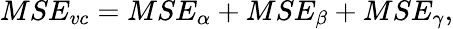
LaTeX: MSE_{vc}=MSE_{\alpha}+MSE_{\beta}+MSE_{\gamma},